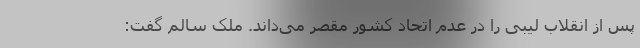
پس از انقلاب لیبی را در عدم اتحاد کشور مقصر می‌داند. ملک سالم گفت: